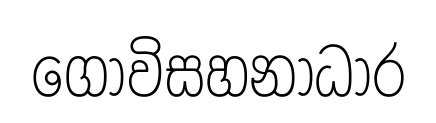
ගොවිසහනාධාර